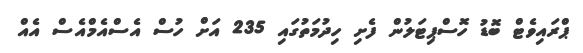
ޕްރައިވެޓް ބޮޑު ހޮސްޕިޓަލުން ފެށި ހިދުމަތުގައި 235 އަށް ހުސް އެސްއެމްއެސް އެއް